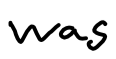
Text: was
Cross-out: clean
Writing tool: digital_black